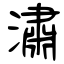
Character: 潚